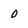
Character: 0